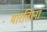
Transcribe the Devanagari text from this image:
मारतिाना